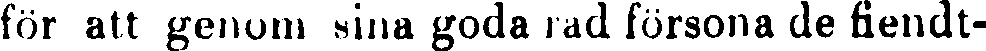
för att genom sina goda rad försona de fiendt-